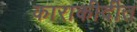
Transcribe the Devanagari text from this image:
काराकीर्दीत